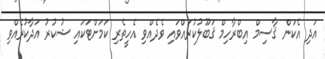
އަދި އެކަން ޤާސިމް އިބްރާހިމް ޤަބޫލުކުރައްވައި ވެދެއްވި އެހީތެރި ކަމަށްޓަކައި ޝުކުރު އަދާކުރެއްވި